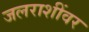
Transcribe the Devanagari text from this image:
जलराशींवर